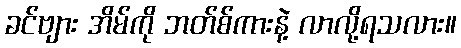
ခင်ဗျား အိမ်ကို ဘတ်စ်ကားနဲ့ လာလို့ရသလား။